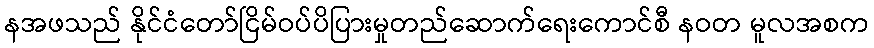
နအဖသည် နိုင်ငံတော်ငြိမ်ဝပ်ပိပြားမှုတည်ဆောက်ရေးကောင်စီ နဝတ မူလအစက